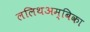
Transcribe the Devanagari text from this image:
ललिथअम्बिका